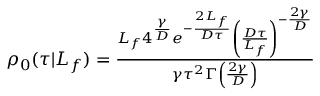
\begin{array} { r } { \rho _ { 0 } ( \tau | L _ { f } ) = \frac { L _ { f } 4 ^ { \frac { \gamma } { D } } e ^ { - \frac { 2 L _ { f } } { D \tau } } \left( \frac { D \tau } { L _ { f } } \right) ^ { - \frac { 2 \gamma } { D } } } { \gamma \tau ^ { 2 } \Gamma \left( \frac { 2 \gamma } { D } \right) } } \end{array}